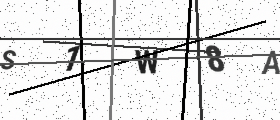
Text: S1W8A